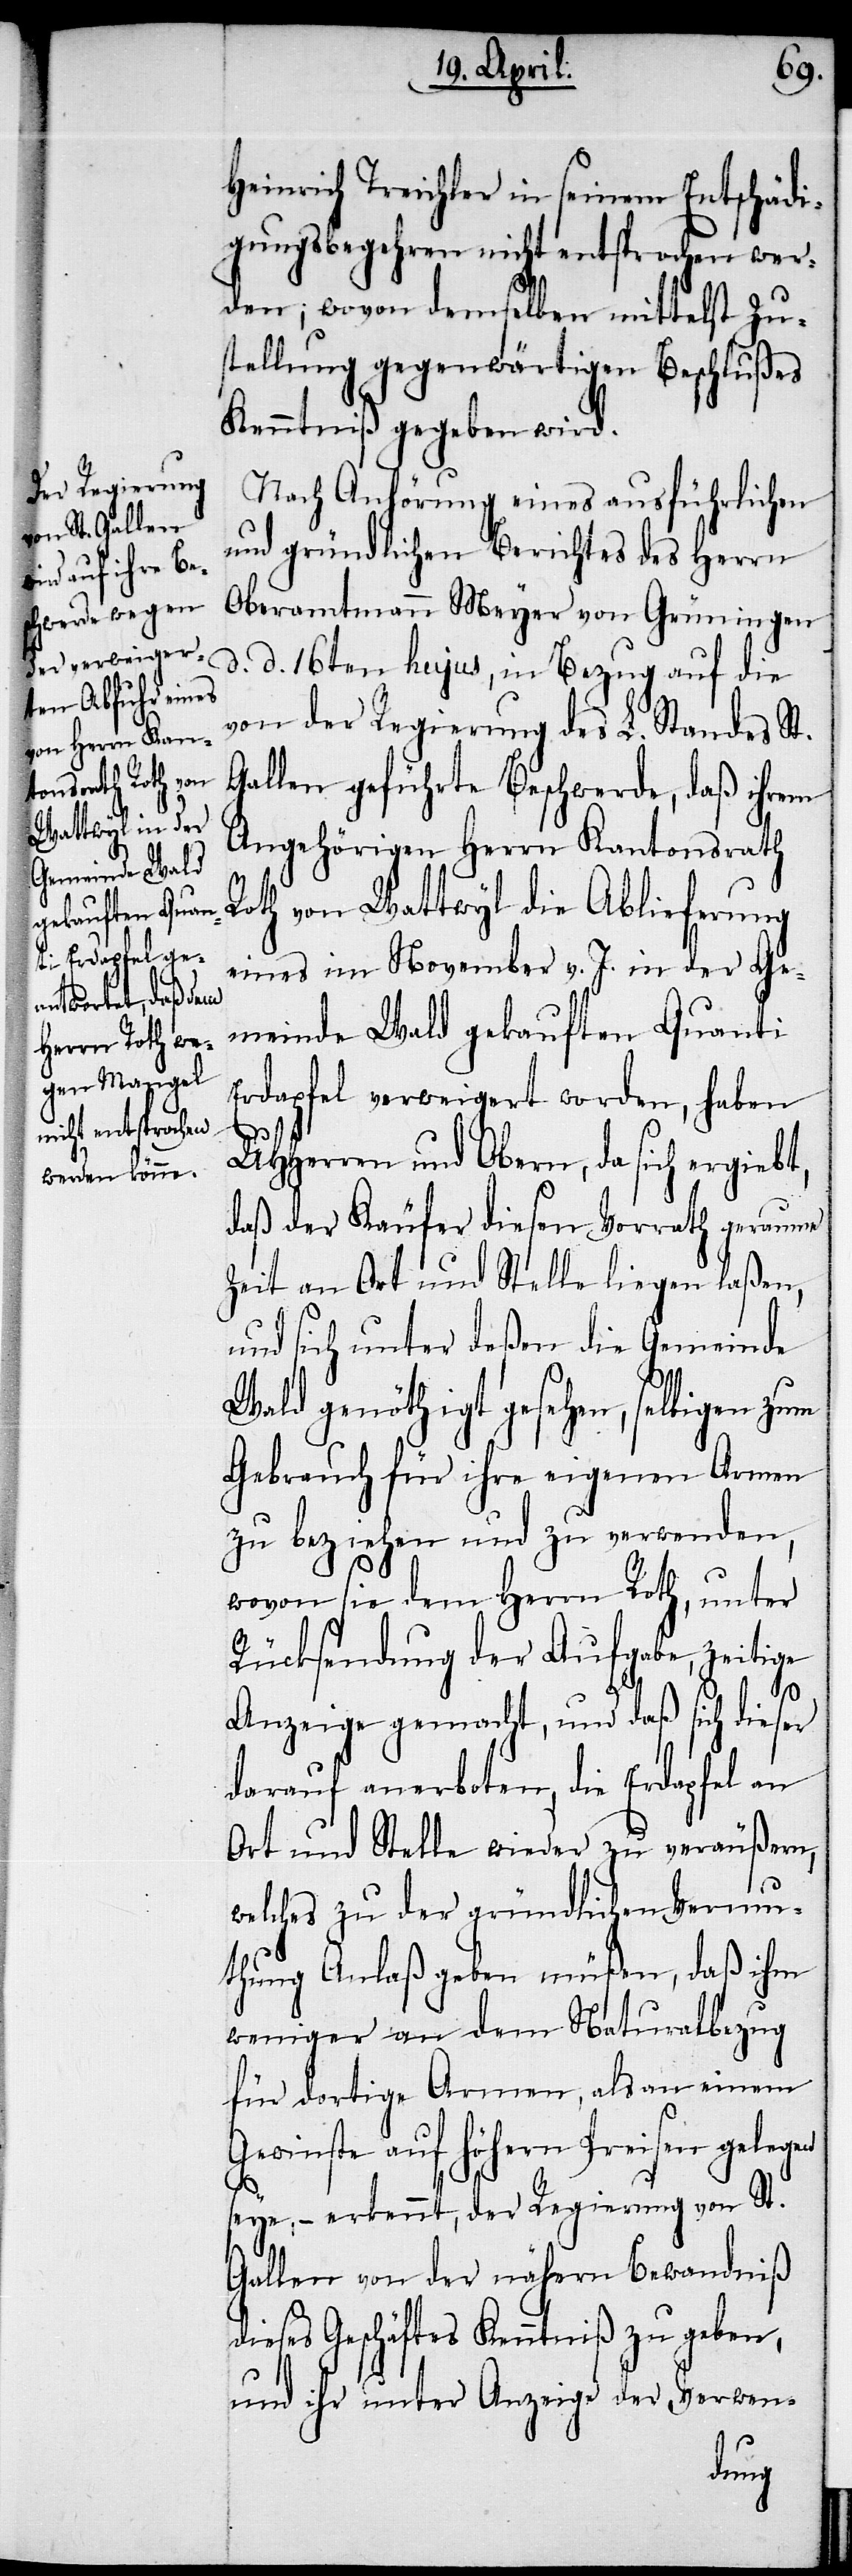
Heinrich Treichler in seinem Entschädi¬
gungsbegehren nicht entsprochen wer¬
den; wovon demselben mittelst Zu¬
stellung gegenwärtigen Beschlußes
Kenntniß gegeben wird.
Nach Anhörung eines ausführlichen
und gründlichen Berichtes des Herrn
Oberamtmann Meyer von Grüningen
d. d. 16ten hujus, in Bezug auf die
von der Regierung des L. Standes St.
Gallen geführte Beschwerde, daß ihrem
Angehörigen Herrn Kantonsrath
Roth von Wattwyl die Ablieferung
eines im November v. J. in der Ge¬
meinde Wald gekauften Quanti
Erdapfel verweigert worden, haben
UHHerren und Obern, da sich
daß der Käufer diesen Vorrath geraume
Zeit an Ort und Stelle liegen laßen,
und sich unter deßen die Gemeinde
Wald genöthigt gesehen, selbigen zum
Gebrauch für ihre eigenen Armen
zu beziehen und zu verwenden,
wovon sie dem Herrn Roth, unter
Rücksendung der Aufgabe, zeitige
Anzeige gemacht, und daß sich dieser
darauf anerboten, die Erdapfel an
Ort und Stelle wieder zu veräußern,
welches zu der gründlichen Vermu¬
thung Anlaß geben müßen, daß ihm
weniger an dem Naturalbezug
für dortige Armen, als an einem
Gewinste auf höhern Preisen gele¬
seye: – erkennt, der Regierung von St.
Gallen von der nähern Bewandniß
dieses Geschäftes Kenntniß zu geben,
und ihr unter Anzeige der Verwen-
gen